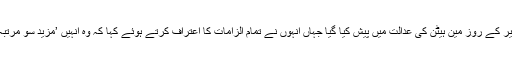
فیصل شہزاد کو پیر کے روز مین ہیٹن کی عدالت میں پیش کیا گیا جہاں انہوں نے تمام الزامات کا اعتراف کرتے ہوئے کہا کہ وہ انہیں ’مزید سو مرتبہ تسلیم کرتے ہیں۔